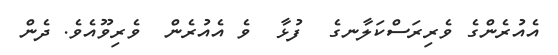
އެއުރެންގެ ވެރިރަސްކަލާނގެ  ފުޅާ  ވެ އެއުރެން  ވެރިވޫއެވެ. ދެން